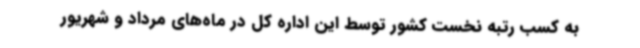
به کسب رتبه نخست کشور توسط این اداره کل در ماه‌های مرداد و شهریور